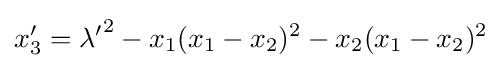
x_{3}'={\lambda '}^{2}-x_{1}(x_{1}-x_{2})^{2}-x_{2}(x_{1}-x_{2})^{2}